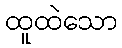
ထူထဲသော